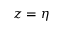
z = \eta